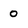
Character: 0